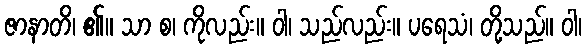
ဇာနာတိ၊ ၏။ သာ စ၊ ကိုလည်း။ ဝါ၊ သည်လည်း။ ပရေသံ၊ တို့သည်။ ဝါ၊